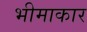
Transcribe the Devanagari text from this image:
भीमाकार